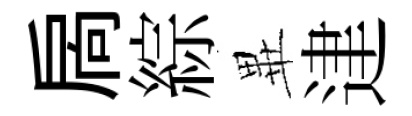
扄綜𭺾䢖